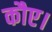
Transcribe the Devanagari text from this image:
कौए।